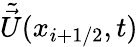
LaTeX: \tilde{\vec{U}}(x_{i+{1/2}},t)